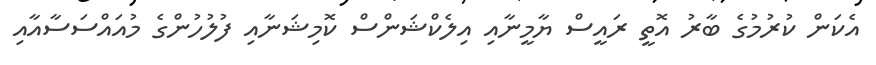
އެކަން ކުރުމުގެ ބާރު އޮތީ ރައީސް ޔާމީނާއި އިލެކްޝަންސް ކޮމިޝަނާއި ފުލުހުންގެ މުއައްސަސާއާއި